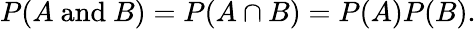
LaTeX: P(A{\mathrm{~and~}}B)=P(A\cap B)=P(A)P(B).